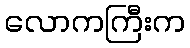
လောကကြီးက